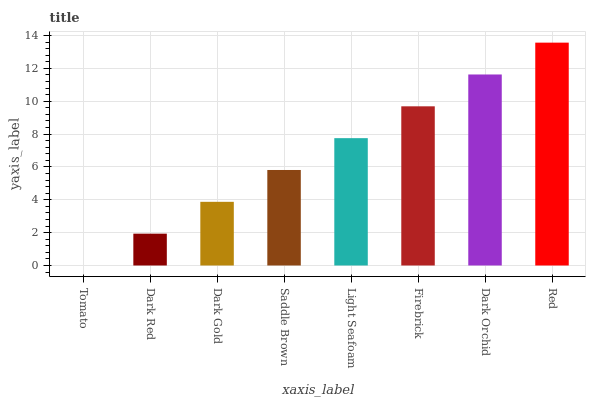
| xaxis_label | bars |
 | --- | --- |
 | Tomato | 0 |
 | Dark Red | 1.94 |
 | Dark Gold | 3.87 |
 | Saddle Brown | 5.81 |
 | Light Seafoam | 7.75 |
 | Firebrick | 9.69 |
 | Dark Orchid | 11.6 |
 | Red | 13.6 |